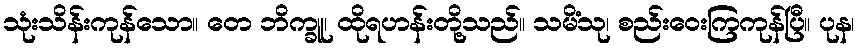
သုံးသိန်းကုန်သော။ တေ ဘိက္ခူ၊ ထိုရဟန်းတို့သည်။ သမိံသု၊ စည်းဝေးကြကုန်ပြီ။ ပုန၊